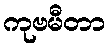
ကုဗမီတာ